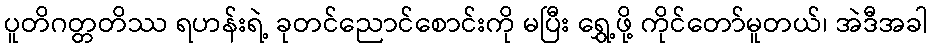
ပူတိဂတ္တတိဿ ရဟန်းရဲ့ ခုတင်ညောင်စောင်းကို မပြီး ရွှေ့ဖို့ ကိုင်တော်မူတယ်၊ အဲဒီအခါ